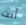
أنت